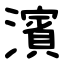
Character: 濱